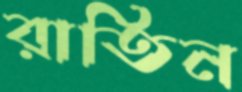
রাতিন